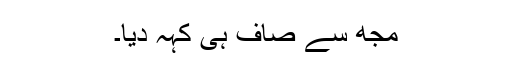
مجھ سے صاف ہی کہہ دِیا۔